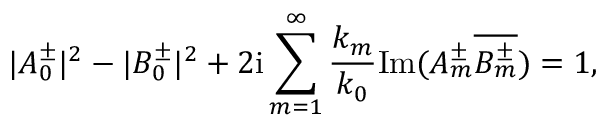
| A _ { 0 } ^ { \pm } | ^ { 2 } - | B _ { 0 } ^ { \pm } | ^ { 2 } + 2 \mathrm { i } \sum _ { m = 1 } ^ { \infty } \frac { k _ { m } } { k _ { 0 } } \mathrm { I m } ( A _ { m } ^ { \pm } \overline { { B _ { m } ^ { \pm } } } ) = 1 ,